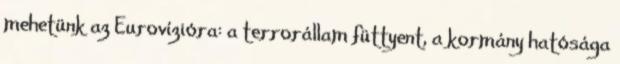
mehetünk az Eurovízióra: a terrorállam füttyent, a kormány hatósága